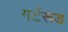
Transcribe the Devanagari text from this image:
गर्टरूड